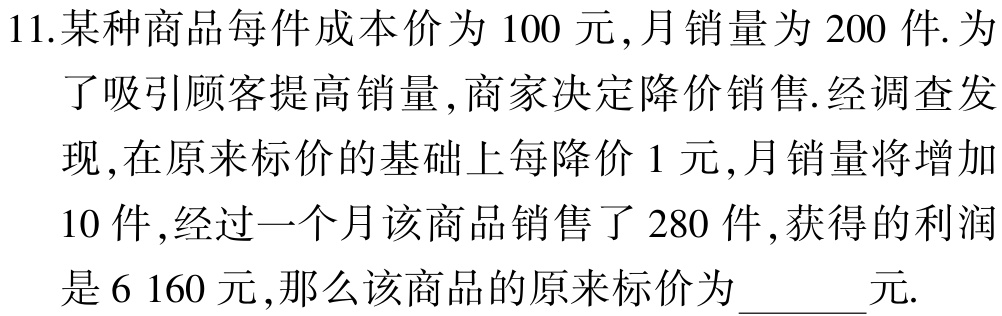
11.某种商品每件成本价为 100 元,月销量为 200 件. 为

了吸引顾客提高销量 ,商家决定降价销售.经调查发

现 ,在原来标价的基础上每降价 1 元 ,月销量将增加

10 件 ,经过一个月该商品销售了 280 件 ,获得的利润

是 6 160 元 ,那么该商品的原来标价为______元.